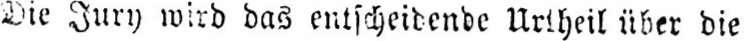
Die Jury wird das entscheidende Urtheil über die